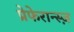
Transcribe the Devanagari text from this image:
प्रेफेरान्स्ज़